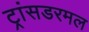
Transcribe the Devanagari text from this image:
ट्रांसडरमल